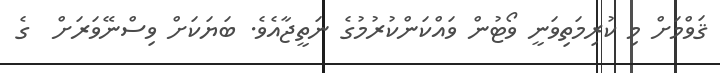
ޤަވްމަށް މި ކުރިމަތިވަނީ ވޯޓުން ވައްކަންކުރުމުގެ ނަތީޖާއެވެ. ބަޔަކަށް ވިސްނޭވަރަށް  ގެ